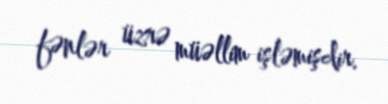
fənlər üzrə müəllim işləmişdir.